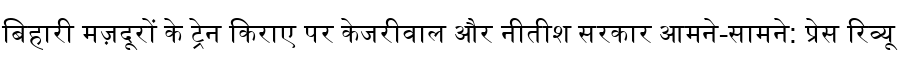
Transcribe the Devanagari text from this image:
बिहारी मज़दूरों के ट्रेन किराए पर केजरीवाल और नीतीश सरकार आमने-सामने: प्रेस रिव्यू